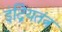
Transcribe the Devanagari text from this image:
इंद्रियतंत्र